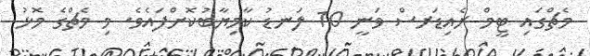
މެޗްގައި ޓީމް ރެއިޑަރސް ވަނީ 10 ލަނޑު ކާމިޔާބުކޮށްފައެވެ. މި މެޗްގެ މޮޅު